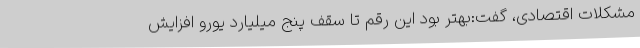
مشکلات اقتصادی، گفت:بهتر بود این رقم تا سقف پنج میلیارد یورو افزایش